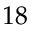
1 8